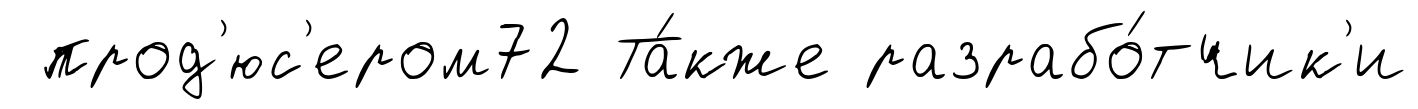
прод'юс'ером72 Та́кже разрабо́тчик'и